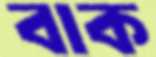
বাক